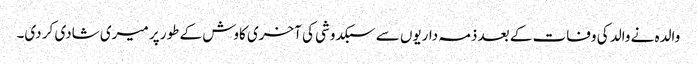
والدہ نے والد کی وفات کے بعد ذمہ داریوں سے سبکدوشی کی آخری کاوش کے طور پر میری شادی کر دی۔